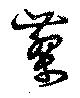
蓼